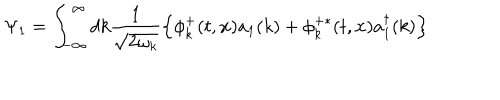
LaTeX: \Psi _ { 1 } = \int _ { - \infty } ^ { \infty } d k \frac { 1 } { \sqrt { 2 \omega _ { k } } } \left\{ \phi _ { k } ^ { + } ( t , { \bf x } ) a _ { 1 } ( k ) + \phi _ { k } ^ { + \ast } ( t , { \bf x } ) a _ { 1 } ^ { \dagger } ( k ) \right\}